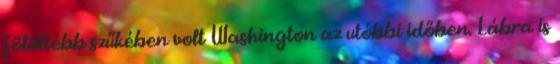
fölöttébb szűkében volt Washington az utóbbi időben. Lábra is